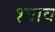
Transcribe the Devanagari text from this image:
श्याव